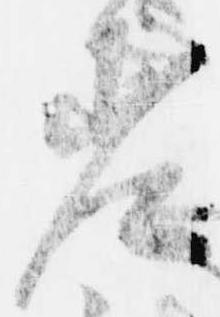
差